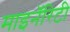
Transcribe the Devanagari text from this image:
माइनॅरिटी